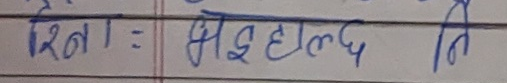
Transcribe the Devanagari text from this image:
रसना : इसहाल्द कि